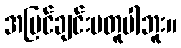
အမြင်ချင်းမတူပါဘူး။